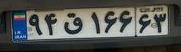
۹۴ق۱۶۶۶۳